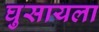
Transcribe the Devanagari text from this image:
घुसायला